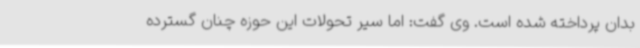
بدان پرداخته شده است. وی گفت: اما سیر تحولات این حوزه چنان گسترده